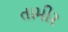
તામીર